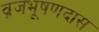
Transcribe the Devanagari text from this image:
व्रजभूषणदास